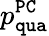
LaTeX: p_{\mathtt{qua}}^{\mathtt{PC}}